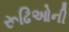
રૂઢિઓની